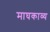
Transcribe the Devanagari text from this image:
माघकाव्य